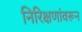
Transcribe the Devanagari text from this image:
निरिक्षणांवरून